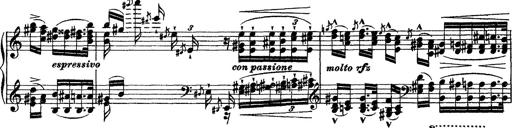
Title: Grande fantasie di bravura sur La clochette
Composer: Franz Liszt
Key: A minor